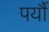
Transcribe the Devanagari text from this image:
पर्यौ